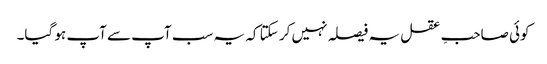
کوئی صاحبِ عقل یہ فیصلہ نہیں کر سکتا کہ یہ سب آپ سے آپ ہو گیا۔